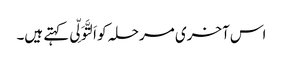
اس آخری مرحلہ کو اَلتَّوَلِّی کہتے ہیں۔